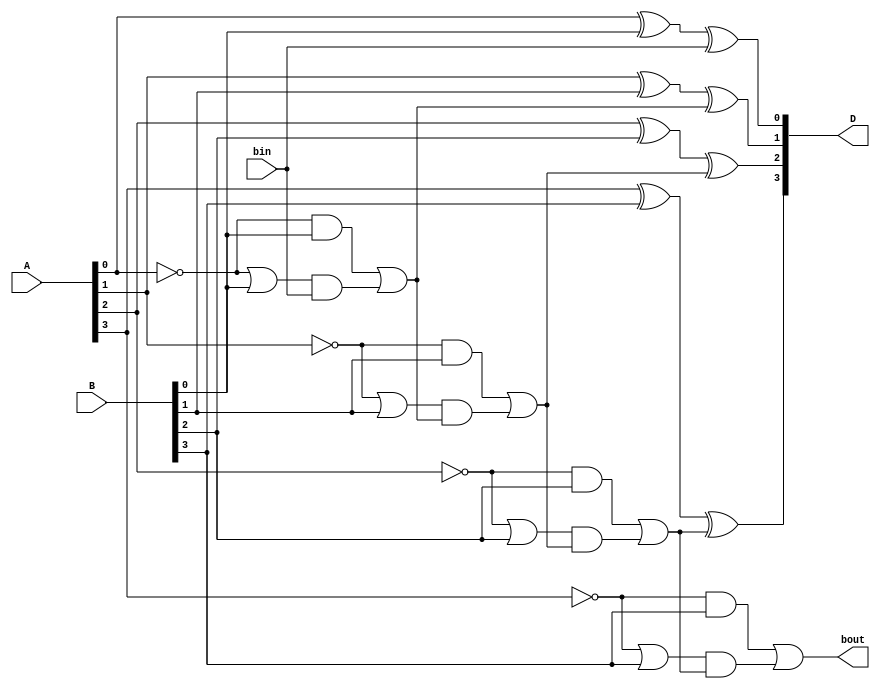
module Lab2_4_bit_BLS_gatelevel (input [3:0] A, B, input bin, output [3:0] D, output
bout);
    wire w0, w1, w2, w3;
    not a0_not(w0, A[0]), a1_not(w1, A[1]), a2_not(w2, A[2]), a3_not(w3, A[3]);
    wire p0, g0, p1, g1, p2, g2, p3, g3;
    and #(2) G0(g0, w0, B[0]),
             G1(g1, w1, B[1]),
             G2(g2, w2, B[2]),
             G3(g3, w3, B[3]);
    or  #(2) P0(p0, w0, B[0]),
             P1(p1, w1, B[1]),
             P2(p2, w2, B[2]),
             P3(p3, w3, B[3]);

    wire t0, t1, t2, t3;
    wire b0, b1, b2;        // borrow out
    xor #(4) x0(t0, A[0], B[0]), x1(t1, A[1], B[1]), x2(t2, A[2], B[2]), x3(t3, A[3], B[3]);
    xor #(4) d0(D[0], t0, bin), d1(D[1], t1, b0), d2(D[2], t2, b1), d3(D[3], t3, b2);

    wire t4, t5, t6, t7;
    and #(2) pb0(t4, p0, bin), pb1(t5, p1, b0), pb2(t6, p2, b1), pb3(t7, p3, b2);
    or #(2) B0(b0, g0, t4), B1(b1, g1, t5), B2(b2, g2, t6), B3(bout, g3, t7);
endmodule